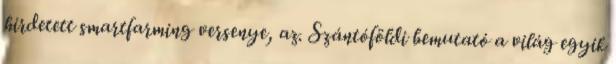
hirdetett smartfarming versenye, az. Szántóföldi bemutató a világ egyik